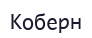
Коберн